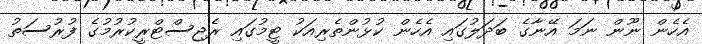
އެހެން ނޫން ނަމަ އޭނާގެ ބަދަލުގައި އެހެން ކުޅުންތެރިއަކު ޓީމުގައި ރެޖިސްޓްރީކުރުމުގެ ފުރުސަތު